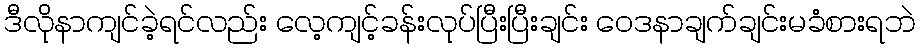
ဒီလိုနာကျင်ခဲ့ရင်လည်း လေ့ကျင့်ခန်းလုပ်ပြီးပြီးချင်း ဝေဒနာချက်ချင်းမခံစားရဘဲ